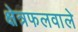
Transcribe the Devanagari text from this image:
क्षेत्रफलवाले